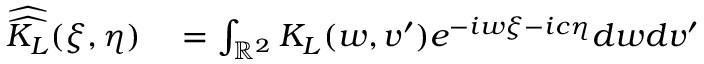
\begin{array} { r l } { \widehat { \widehat { K _ { L } } } ( \xi , \eta ) } & { { } = \int _ { \mathbb R ^ { 2 } } K _ { L } ( w , v ^ { \prime } ) e ^ { - i w \xi - i c \eta } d w d v ^ { \prime } } \end{array}